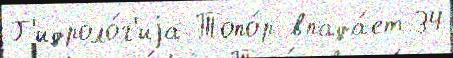
Г'идроло́г'иjа Топо́р впада́ет 34